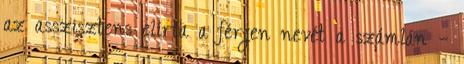
az asszisztens elírta a férjen nevét a számlán –